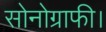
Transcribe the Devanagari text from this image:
सोनोग्राफी।